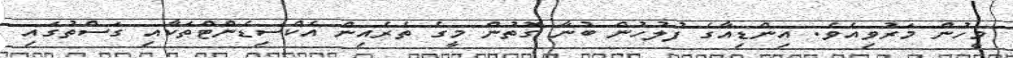
މީހުން މަރުވިއެވެ. އިންޑިއާގެ ފުލުހުން ބުނާ ގޮތުުން މީގެ ތެރެއިން އެކްސިޑެންޓްތަކާއި ގަސްތުގައި